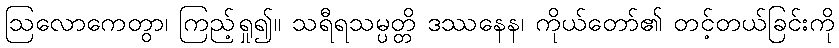
ဩလောကေတွာ၊ ကြည့်ရှု၍။ သရီရသမ္ပတ္တိ ဒဿနေန၊ ကိုယ်တော်၏ တင့်တယ်ခြင်းကို